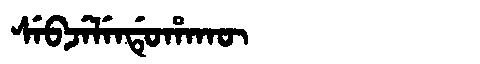
Manchu: ᠰᡝᠪᠵᡝᠯᡝᠨᡩᡠᡥᠠᡴᡡ
Romanization: SEBJELENDUHAKŪ